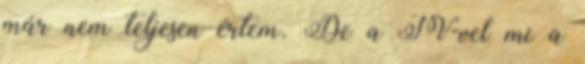
már nem teljesen értem. De a TV-vel mi a